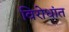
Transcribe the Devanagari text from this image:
विरोधांत